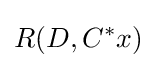
R(D,C^{*}x)